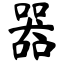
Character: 器